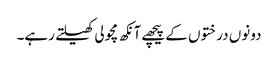
دونوں درختوں کے پیچھے آنکھ مچولی کھیلتے رہے۔